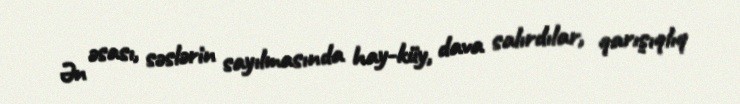
Ən əsası, səslərin sayılmasında hay-küy, dava salırdılar, qarışıqlıq